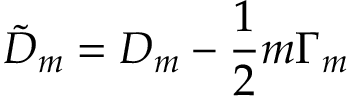
{ \tilde { D } } _ { m } = D _ { m } - \frac { 1 } { 2 } m \Gamma _ { m }